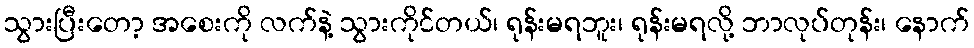
သွားပြီးတော့ အစေးကို လက်နဲ့ သွားကိုင်တယ်၊ ရုန်းမရဘူး၊ ရုန်းမရလို့ ဘာလုပ်တုန်း၊ နောက်